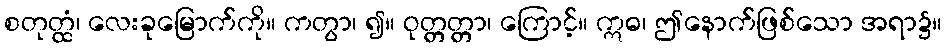
စတုတ္ထံ၊ လေးခုမြောက်ကို။ ကတွာ၊ ၍။ ဝုတ္တတ္တာ၊ ကြောင့်။ ဣဓ၊ ဤနောက်ဖြစ်သော အရာ၌။